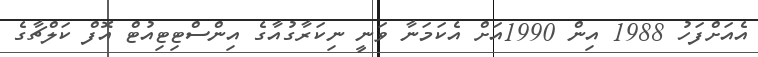
އެއަށްފަހު 1988 އިން 1990އަށް އެކަމަނާ ވަނީ ނިކަރާގުއާގެ އިންސްޓިޓިއުޓް އޮފް ކަލްޗާގެ